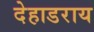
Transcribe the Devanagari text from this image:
देहाडराय